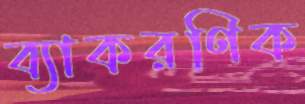
ব্যাকরণিক